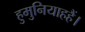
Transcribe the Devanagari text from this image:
हुमुनियाहहैं।